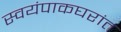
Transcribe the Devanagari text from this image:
स्वयंपाकघरांत